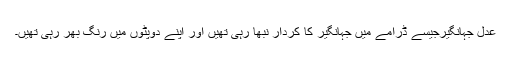
عدلِ جہانگیرجیسے ڈرامے میں جہانگیر کا کردار نبھا رہی تھیں اور اپنے دوپٹوں میں رنگ بھر رہی تھیں۔